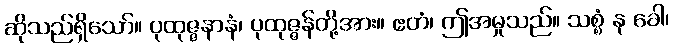
ဆိုသည်ရှိသော်။ ပုထုဇ္ဇနာနံ၊ ပုထုဇ္ဇန်တို့အား။ ဧတံ၊ ဤအမှုသည်။ သစ္စံ နု ခေါ၊